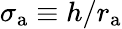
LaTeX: \sigma_{\mathrm{a}}\equiv h/r_{\mathrm{a}}